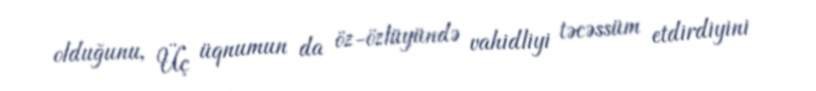
olduğunu, Üç üqnumun da öz-özlüyündə vahidliyi təcəssüm etdirdiyini